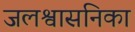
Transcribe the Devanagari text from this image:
जलश्वासनिका